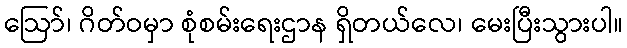
ဩော်၊ ဂိတ်ဝမှာ စုံစမ်းရေးဌာန ရှိတယ်လေ၊ မေးပြီးသွားပါ။